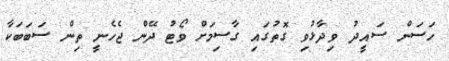
ހަސަން ސައީދު ވިދާޅުވި ގޮތުގައި ގާސިމަށް ވޯޓު ދޭން ޖެހެނީ ތިން ސަބަބަކާ